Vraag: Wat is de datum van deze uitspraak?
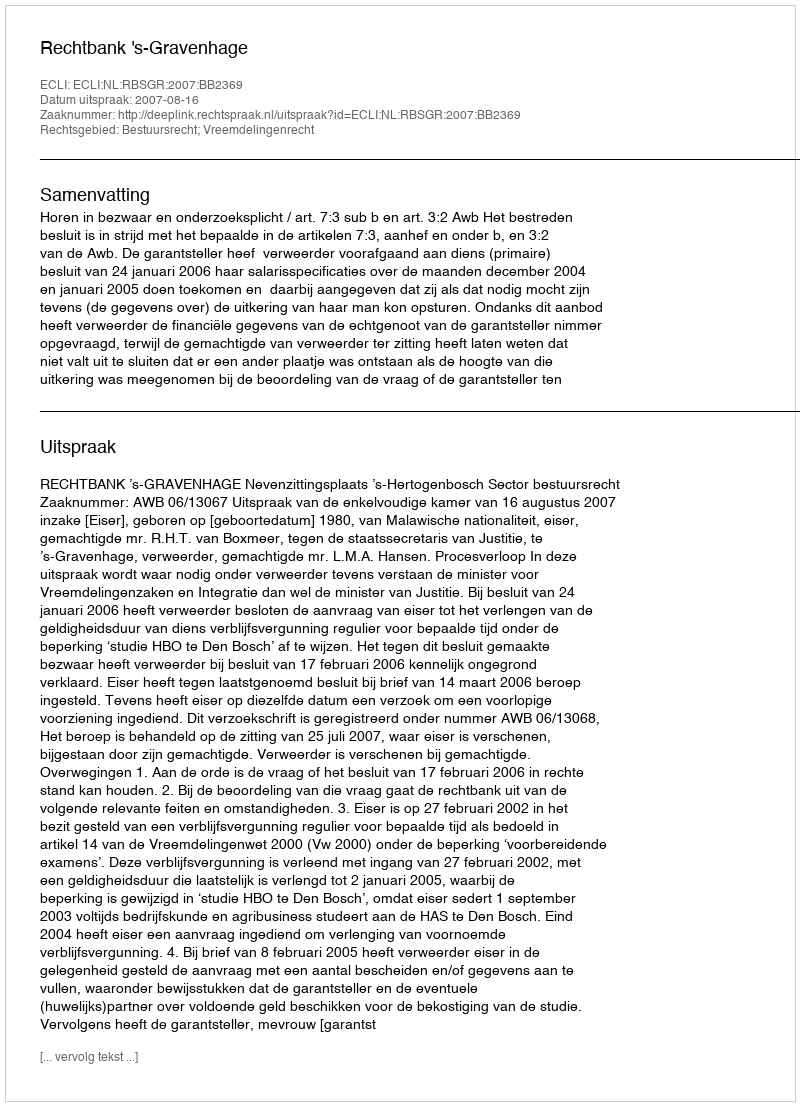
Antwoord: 2007-08-16